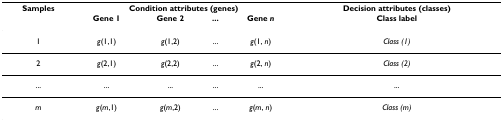
| Samples | <COLSPAN=4> Condition attributes (genes) | Decision attributes (classes) |
 |  | Gene 1 | Gene 2 | ... | Gene n | Class label |
 | --- | --- | --- | --- | --- | --- |
 | 1 | g(1,1) | g(1,2) | ... | g(1, n) | Class (1) |
 | 2 | g(2,1) | g(2,2) | ... | g(2, n) | Class (2) |
 | ... | ... | ... | ... | ... | ... |
 | m | g(m,1) | g(m,2) | ... | g(m, n) | Class (m) |